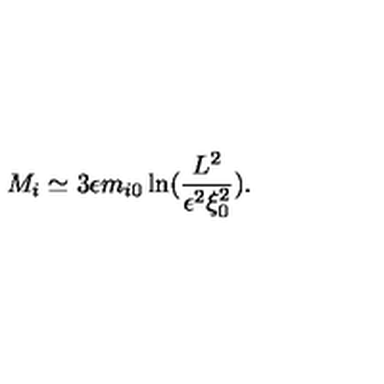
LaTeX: M _ { i } \simeq 3 \epsilon m _ { i 0 } \ln ( \frac { L ^ { 2 } } { \epsilon ^ { 2 } \xi _ { 0 } ^ { 2 } } ) .